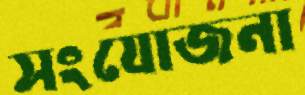
সংযোজনা